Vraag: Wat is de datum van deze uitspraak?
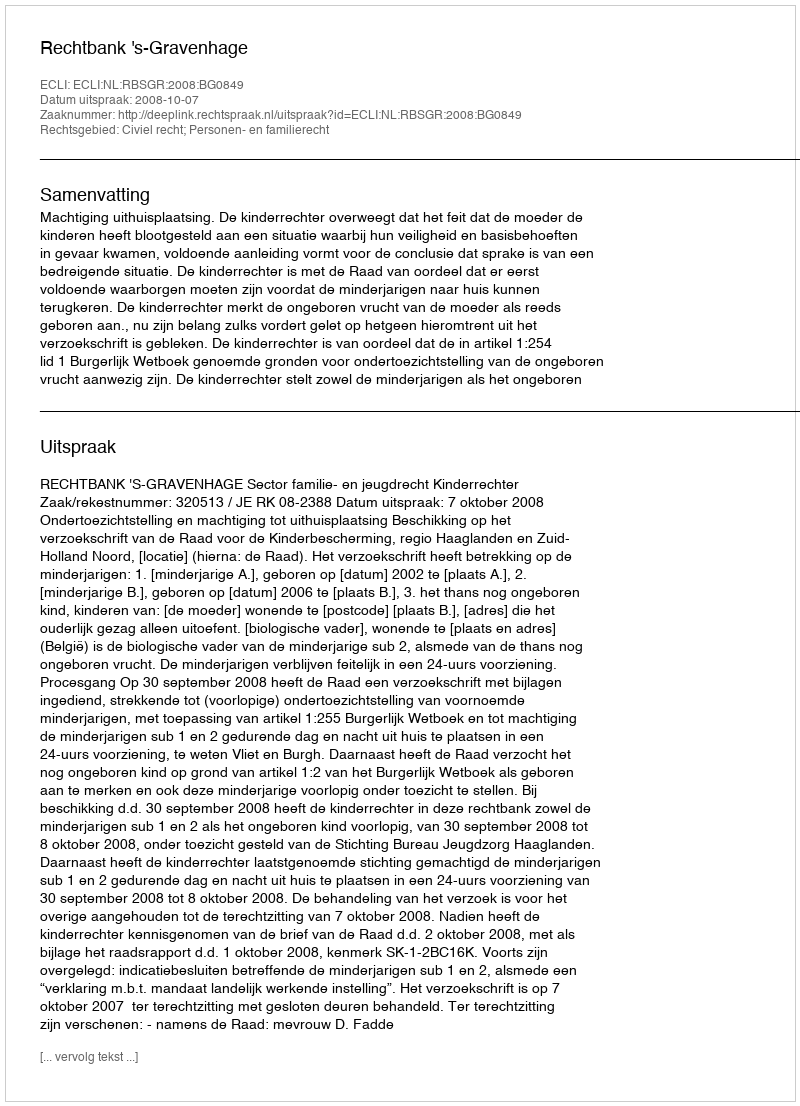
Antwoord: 2008-10-07